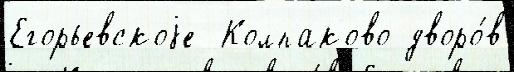
Егорьевскоjе  Колпаково дворо́в